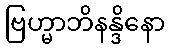
ဗြဟ္မာဘိနန္ဒိနော